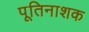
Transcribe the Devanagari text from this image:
पूतिनाशक